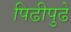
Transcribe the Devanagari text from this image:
पिढीपुढे